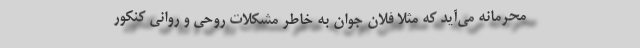
محرمانه می‌آید که مثلاً فلان جوان به خاطر مشکلات روحی و روانی کنکور